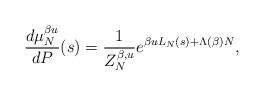
LaTeX: \begin{align*} \frac{d\mu_N^{\beta u}}{dP}(s)=\frac{1}{Z_N^{\beta, u}}e^{\beta uL_N(s)+\Lambda(\beta)N},\end{align*}